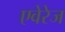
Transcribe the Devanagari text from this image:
एवेरेज